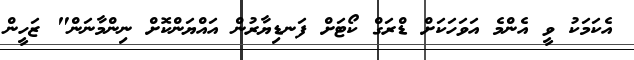
އެކަމަކު ވީ އެންމެ އަވަހަކަށް ޑްރަގް ކޯޓަށް ފަނޑިޔާރުން އައްޔަންކޮށް ނިންމާނަން" ޒަހީން